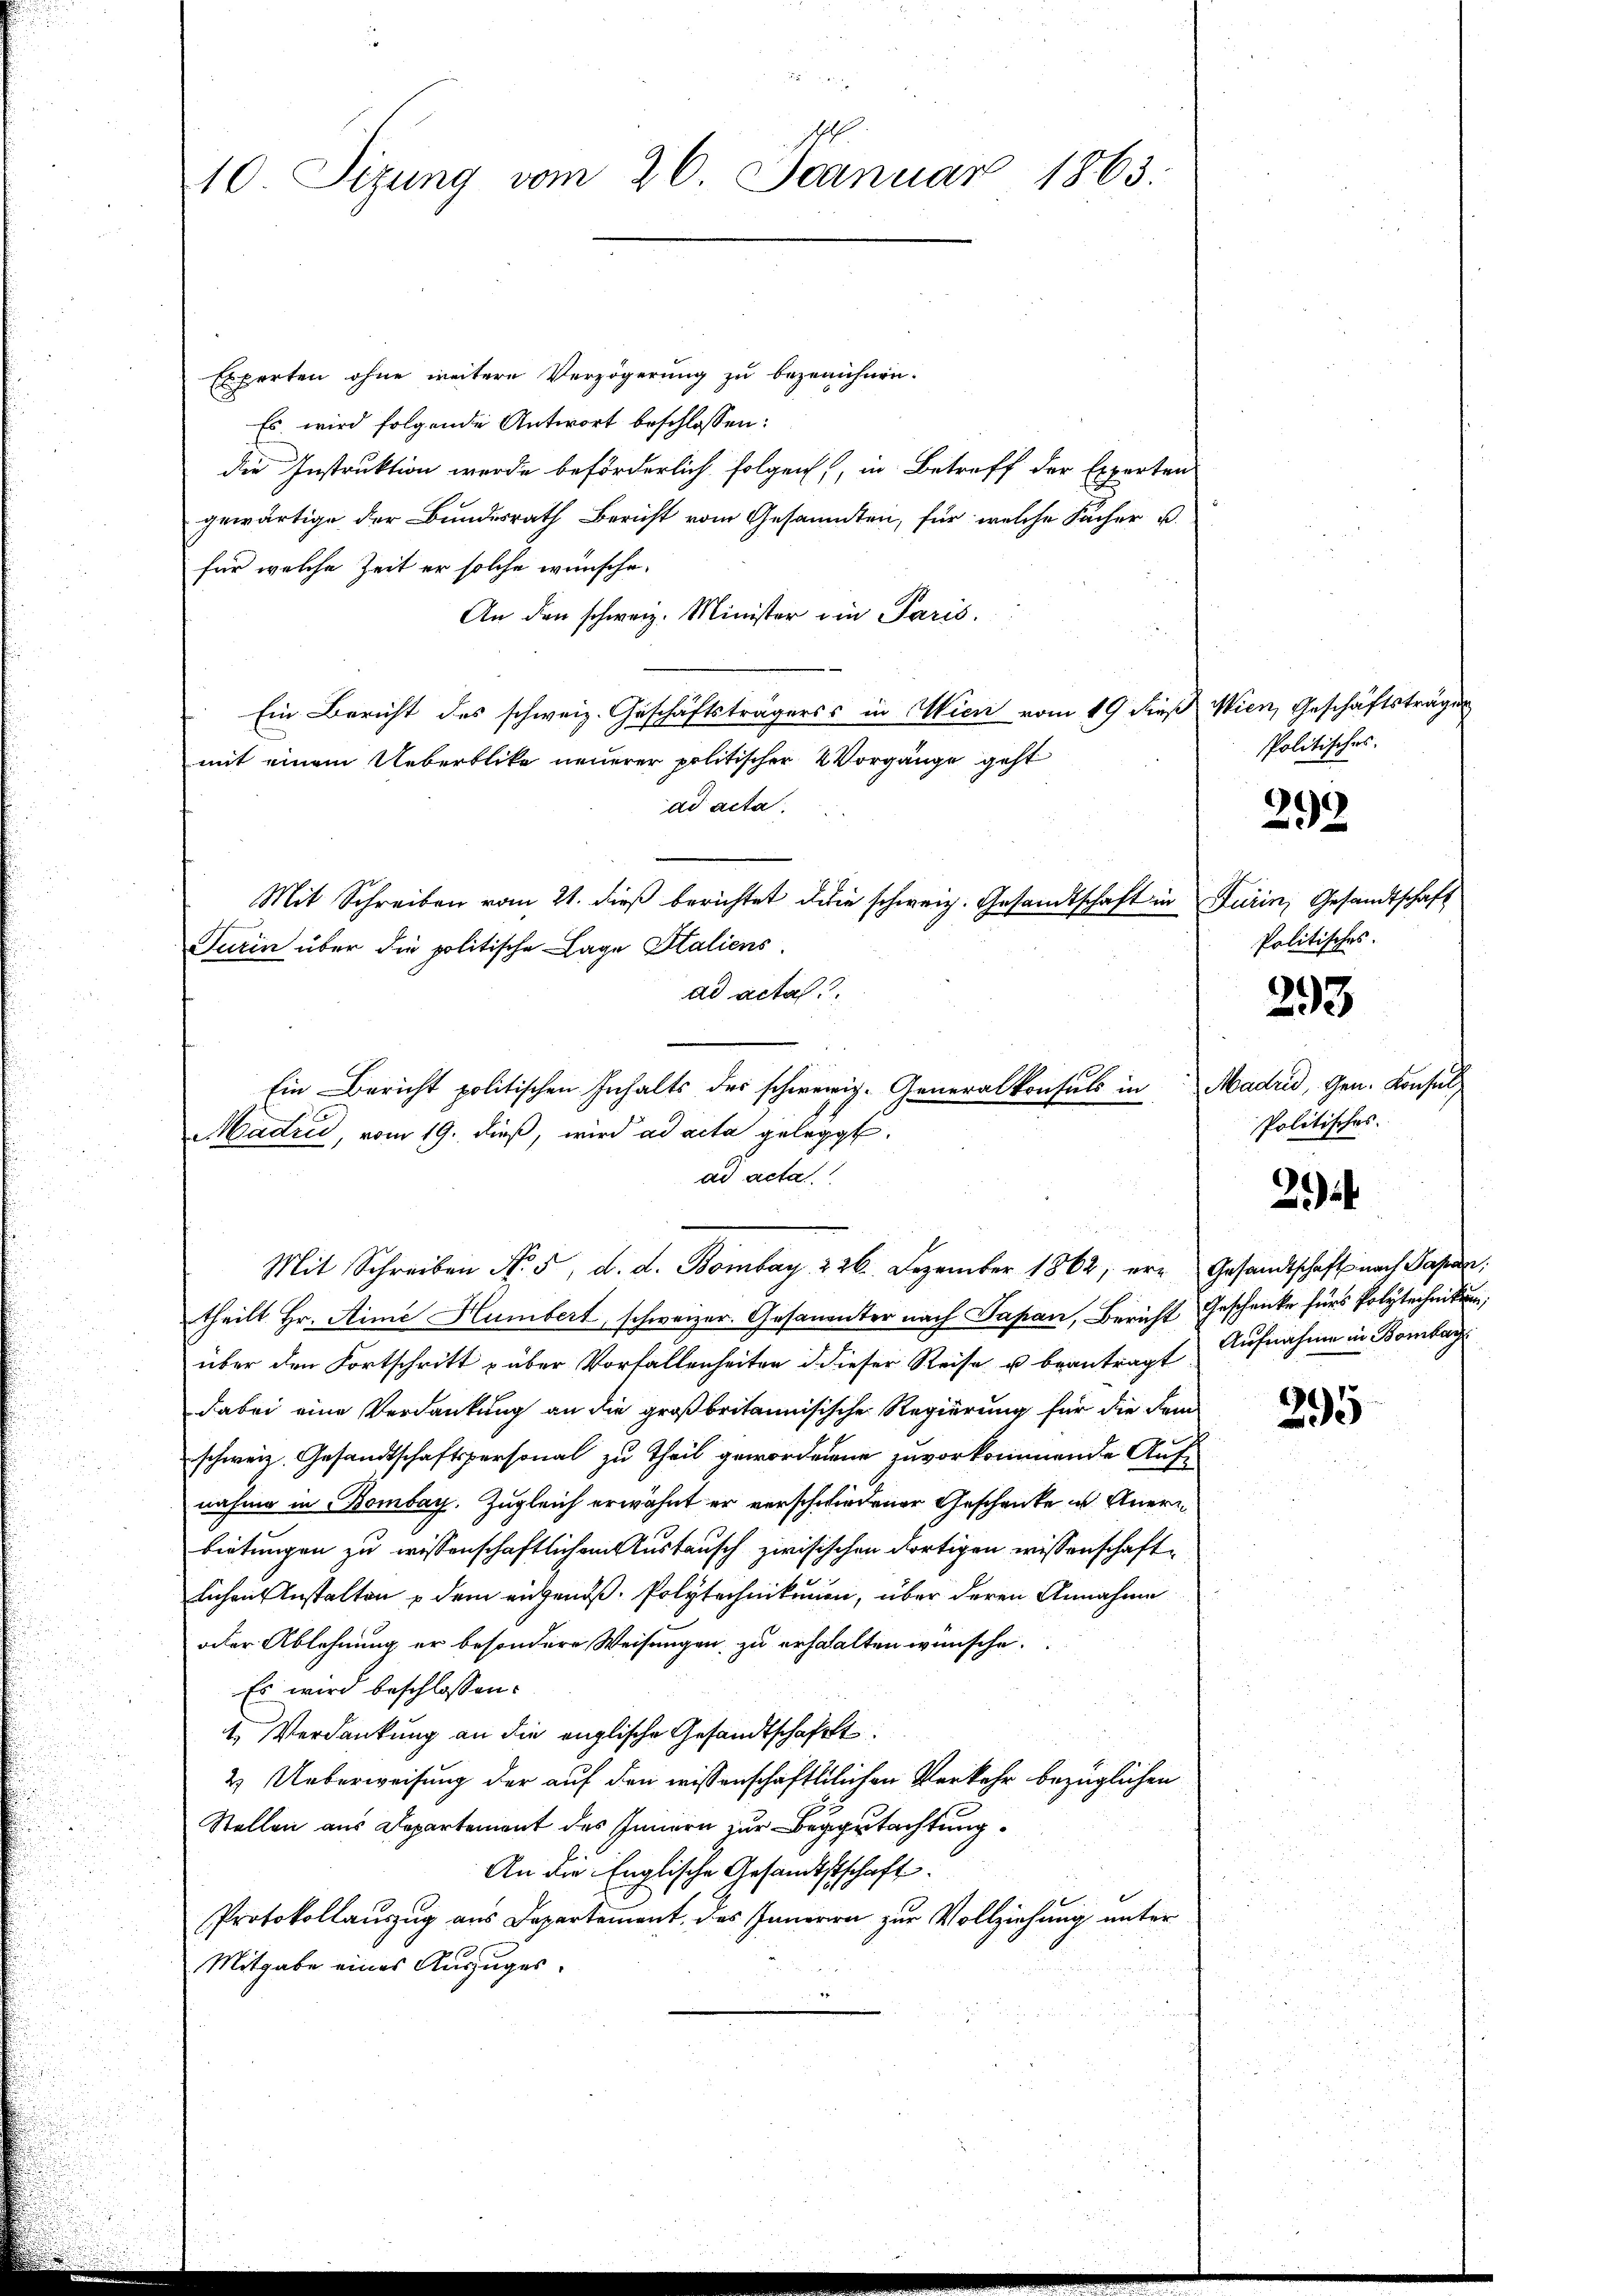
H.
10 Sizung vom 26. Januar 1863.

Experten ohne weitere Verzögerung zu bezeichnen.
Es wird folgende Antwort beschlossen:
die Instruktion werde beförderlich folgen, in Betreff der Experten
gewärtige der Bundesrath Bericht vom Gesammten, für welche Facher u.
für welche Zeit er solche wünsche.
An den schweiz. Minister ein Paris.
Ein Bericht des schweiz. Geschäftsträgerss in Wien vom 19 dieß
mit einem Ueberblicke neuerer politischer Vorgänge geht
ad acta.
Mit Schreiben vom 21. dieβ berichtet die schweiz. Gesandtschaft in Furin, Gesandtschaft
Turin über die politische Lage Italiens
ad actat
Madrid, vom 19. dieß, wird ad acta gelegt.
ad acta
Mit Schreiben No. 5. d. d. Bombay 226. Dezember 1862, er Gesandtschaft nach Papan,
theilt Hr. Aime Humbert, schweizer. Gesanenter nach Papan, Bericht Geschenke fürs Polytechnikum,
über den Fortschritt über Vorfallenheiten d dieser Reise u beantragt Aufnahme in Bombar
dabei eine Verdankung an die großbritannisische Regierung für die dem
schweiz. Gesandtschaftspersonal zu Theil gewordenene zuvorkommende Auf-
nähme in Bombay. Zugleich erwähnt er verschwiedener Geschenke u. Anerbietungen zu wissenschaftlichen Austausch zwisischen dortigen wissenschaftlichen Anstalten u dem eigend. Polytechnikumen, über deren Annahme
oder Ablehnung er besondere Weisungen zu erhalten wünsche.
Es wird beschlossen:
1. Verdankung an die englische Gesandtschafft
2. Ueberweisung der auf den wissenschaftlichen Verkehr bezüglichen
Stellen aus Departement des Innern zur Begutachtung.
An die Englische Gesandtstschaft
Protokollauszug aus Departement des Inneren zur Vollziehung unter
Mitgabe eines Auszuges.

Ein Bericht politischen Inhalts des schwerige Generalkonsuls in

Wien, Geschäftsträge
Politisches.

29

Politisches.

293

Madrid, Gen. Konsul
Politisches.

2

295